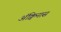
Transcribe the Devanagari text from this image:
ॲक्विनास